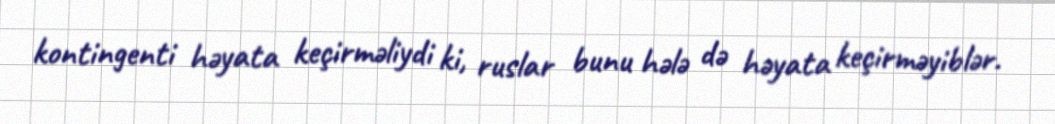
kontingenti həyata keçirməliydi ki, ruslar bunu hələ də həyata keçirməyiblər.